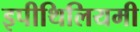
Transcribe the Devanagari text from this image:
इपीथिलियमी